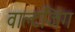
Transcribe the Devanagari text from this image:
वाल्टजिंग